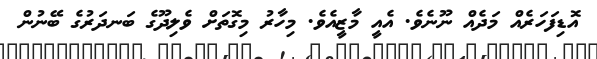
އޮޑިފަހަރެއް މަދެއް ނޫނެވެ. އެއީ މާޒީއެވެ. މިހާރު މިގޮތަށް ވެލިދޫގެ ބަނދަރުގެ ބޭނުން